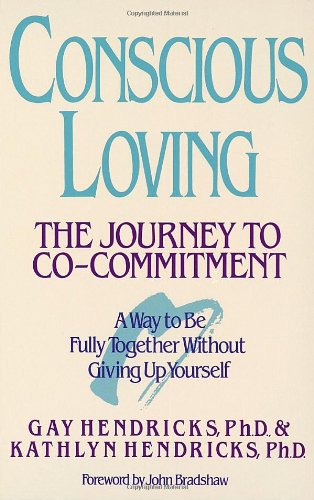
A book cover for Conscious Loving: The Journey to Co-Commitment; Gay Hendricks; Parenting & Relationships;